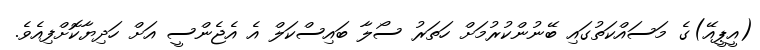
(އީޕީއޭ)ގެ މަސައްކަތުގައި ބޭނުންކުރުމަށް ހަތަރު ސޯލާ ބައިސްކަލް އެ އެޖެންސީ އަށް ހަދިޔާކޮށްފިއެވެ.